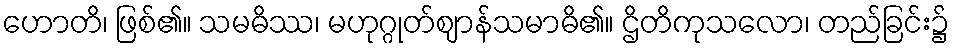
ဟောတိ၊ ဖြစ်၏။ သမဓိဿ၊ မဟုဂ္ဂုတ်ဈာန်သမာဓိ၏။ ဌိတိကုသလော၊ တည်ခြင်း၌